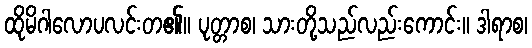
ထိုမိဂါလောပလင်းတ၏။ ပုတ္တာစ၊ သားတို့သည်လည်းကောင်း။ ဒါရာစ၊